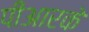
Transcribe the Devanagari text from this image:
पीआरके